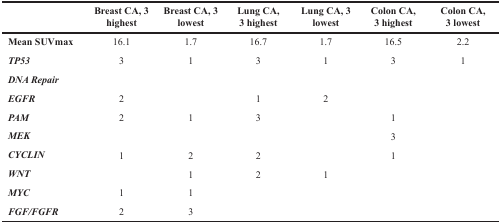
|  | Breast CA, 3 highest | Breast CA, 3 lowest | Lung CA, 3 highest | Lung CA, 3 lowest | Colon CA, 3 highest | Colon CA, 3 lowest |
 | --- | --- | --- | --- | --- | --- | --- |
 | Mean SUVmax | 16.1 | 1.7 | 16.7 | 1.7 | 16.5 | 2.2 |
 | TP53 | 3 | 1 | 3 | 1 | 3 | 1 |
 | DNA Repair |  |  |  |  |  |  |
 | EGFR | 2 |  | 1 | 2 |  |  |
 | PAM | 2 | 1 | 3 |  | 1 |  |
 | MEK |  |  |  |  | 3 |  |
 | CYCLIN | 1 | 2 | 2 |  | 1 |  |
 | WNT |  | 1 | 2 | 1 |  |  |
 | MYC | 1 | 1 |  |  |  |  |
 | FGF/FGFR | 2 | 3 |  |  |  |  |